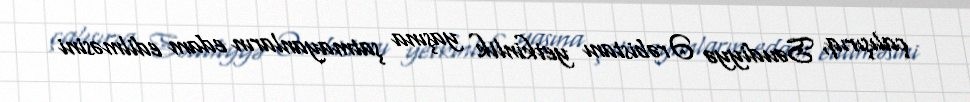
çalışırıq, Səudiyyə Ərəbistanı yetkinlik yaşına şatmayanların edam edilməsini